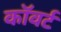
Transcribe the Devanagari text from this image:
कॉवर्ट